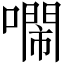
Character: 𠿷